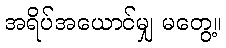
အရိပ်အယောင်မျှ မတွေ့။